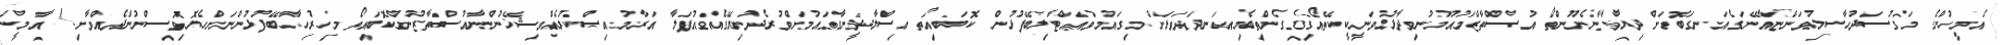
އެމީހުންގެ މަގުސަދުހާސިލުވަންޏާއޭނަގެއަނގަބޮޑަށް ދިޔާވާނެނޫންތޯ އުސްތާޒްމައުމޫނުވިދާޅުވަނީކީކޭތޯއެގިގެންތިބެމިއަނދަވަޅަށް މިގައުމުވައްޓާލިބޭފުޅުން ކޮބައިތޯ ޢިސްލާދީނާގައުމަށްވުރެދުނިޔޭގެއުފަލާ އަރާމުއިސްކުރެއްވިޝޭޚުންނާއުސްތާޒުންކޮބައިތޯ މިހުރިހާބޭފުޅުންނަށްހެޔޮވިސްނުންދެއްވާށި! އާމީން